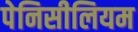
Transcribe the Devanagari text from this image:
पेनिसीलियम